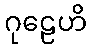
ဂုဠေဟိ